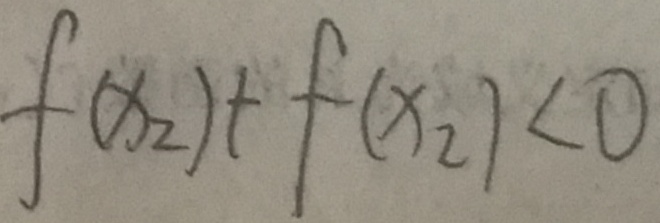
f ( x _ { 2 } ) + f ( x _ { 2 } ) < 0